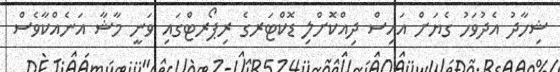
ޝިހާދު އެދުވަހު ގެޔަށް އައިސް ދިއްކޮށްލި ޑޮކްޓަރގެ ރިޕޯރޓްގައި ވަނީ މާޝާ އަނެއްކާވެސް